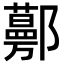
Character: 𨟔